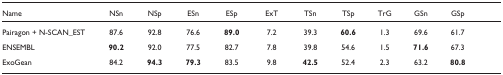
<table><thead><tr><td><b>Name</b></td><td><b>NSn</b></td><td><b>NSp</b></td><td><b>ESn</b></td><td><b>ESp</b></td><td><b>ExT</b></td><td><b>TSn</b></td><td><b>TSp</b></td><td><b>TrG</b></td><td><b>GSn</b></td><td><b>GSp</b></td></tr></thead><tbody><tr><td>Pairagon + N-SCAN_EST</td><td>87.6</td><td>92.8</td><td>76.6</td><td><b>89.0</b></td><td>7.2</td><td>39.3</td><td><b>60.6</b></td><td>1.3</td><td>69.6</td><td>61.7</td></tr><tr><td>ENSEMBL</td><td><b>90.2</b></td><td>92.0</td><td>77.5</td><td>82.7</td><td>7.8</td><td>39.8</td><td>54.6</td><td>1.5</td><td><b>71.6</b></td><td>67.3</td></tr><tr><td>ExoGean</td><td>84.2</td><td><b>94.3</b></td><td><b>79.3</b></td><td>83.5</td><td>9.8</td><td><b>42.5</b></td><td>52.4</td><td>2.3</td><td>63.2</td><td><b>80.8</b></td></tr></tbody></table>